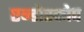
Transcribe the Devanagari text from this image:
एन्डोस्कोप